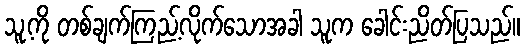
သူ့ကို တစ်ချက်ကြည့်လိုက်သောအခါ သူက ခေါင်းညိတ်ပြသည်။